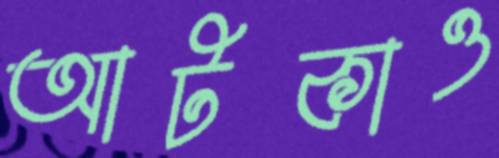
আটকাও